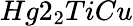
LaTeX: Hg2_{2}TiCu